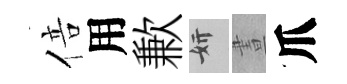
倍用歉妍晝爪